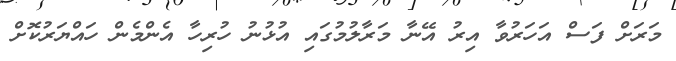
މަރަށް ފަސް އަހަރުވާ އިރު އޭނާ މަރާލުމުގައި އުޅުނު ހުރިހާ އެންމެން ހައްޔަރުކޮށް